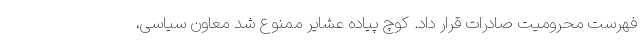
فهرست محرومیت صادرات قرار داد. کوچ پیاده عشایر ممنوع شد معاون سیاسی،